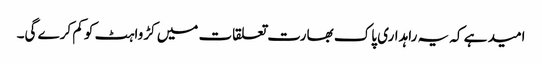
امید ہے کہ یہ راہداری پاک بھارت تعلقات میں کڑواہٹ کو کم کرے گی۔